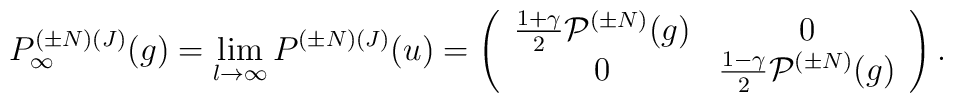
P^{({\pm} N)(J)}_{\infty}(g) = \lim_{l{\rightarrow}{\infty}}P^{({\pm}N)(J)}(u) = \left(\begin{array}{cc}                  \frac{1+{\gamma}}{2}{\cal P}^{({\pm}N)}(g)  &  0 \\                  0   & \frac{1-{\gamma}}{2}{\cal P}^{({\pm}N)}(g)                \end{array}          \right).